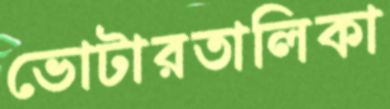
ভোটারতালিকা